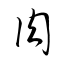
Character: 肉